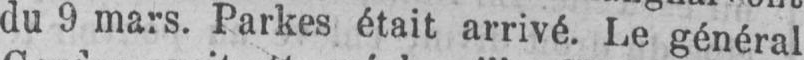
du 9 mars. Parkes était arrivé. Le général